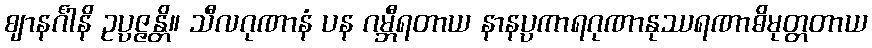
ဈာနင်္ဂါနိ ဥပ္ပဇ္ဇန္တိ။ သီလဂုဏာနံ ပန ဂမ္ဘီရတာယ နာနပ္ပကာရဂုဏာနုဿရဏာဓိမုတ္တတာယ